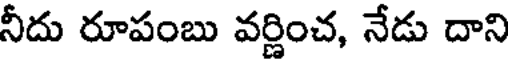
నీదు రూపంబు వర్ణించ, నేడు దాని